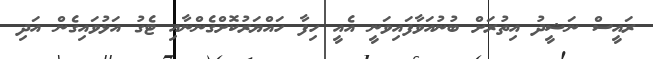
ރައީސް ނަޝީދު އިތުރަށް ބުނުއަވާފައިވަނީ އެއީ ހިފާ ހައްޔަރުކޮށްގެންނާއި ޓެގު އަޅުވައިގެން އަދި